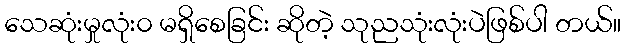
သေဆုံးမှုလုံး၀ မရှိစေခြင်း ဆိုတဲ့ သုညသုံးလုံးပဲဖြစ်ပါ တယ်။